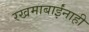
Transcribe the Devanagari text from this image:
रखमाबाईंनाही